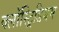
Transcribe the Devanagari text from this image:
क्लॉस्ट्रिडियम